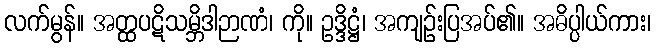
လက်မွန်။ အတ္ထပဋိသမ္ဘိဒါဉာဏံ၊ ကို။ ဥဒ္ဒိဋ္ဌံ၊ အကျဉ်းပြအပ်၏။ အဓိပ္ပါယ်ကား၊